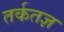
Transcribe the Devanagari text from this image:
तर्कतज्ञ